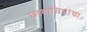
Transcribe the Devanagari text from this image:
छायाचित्रांचा